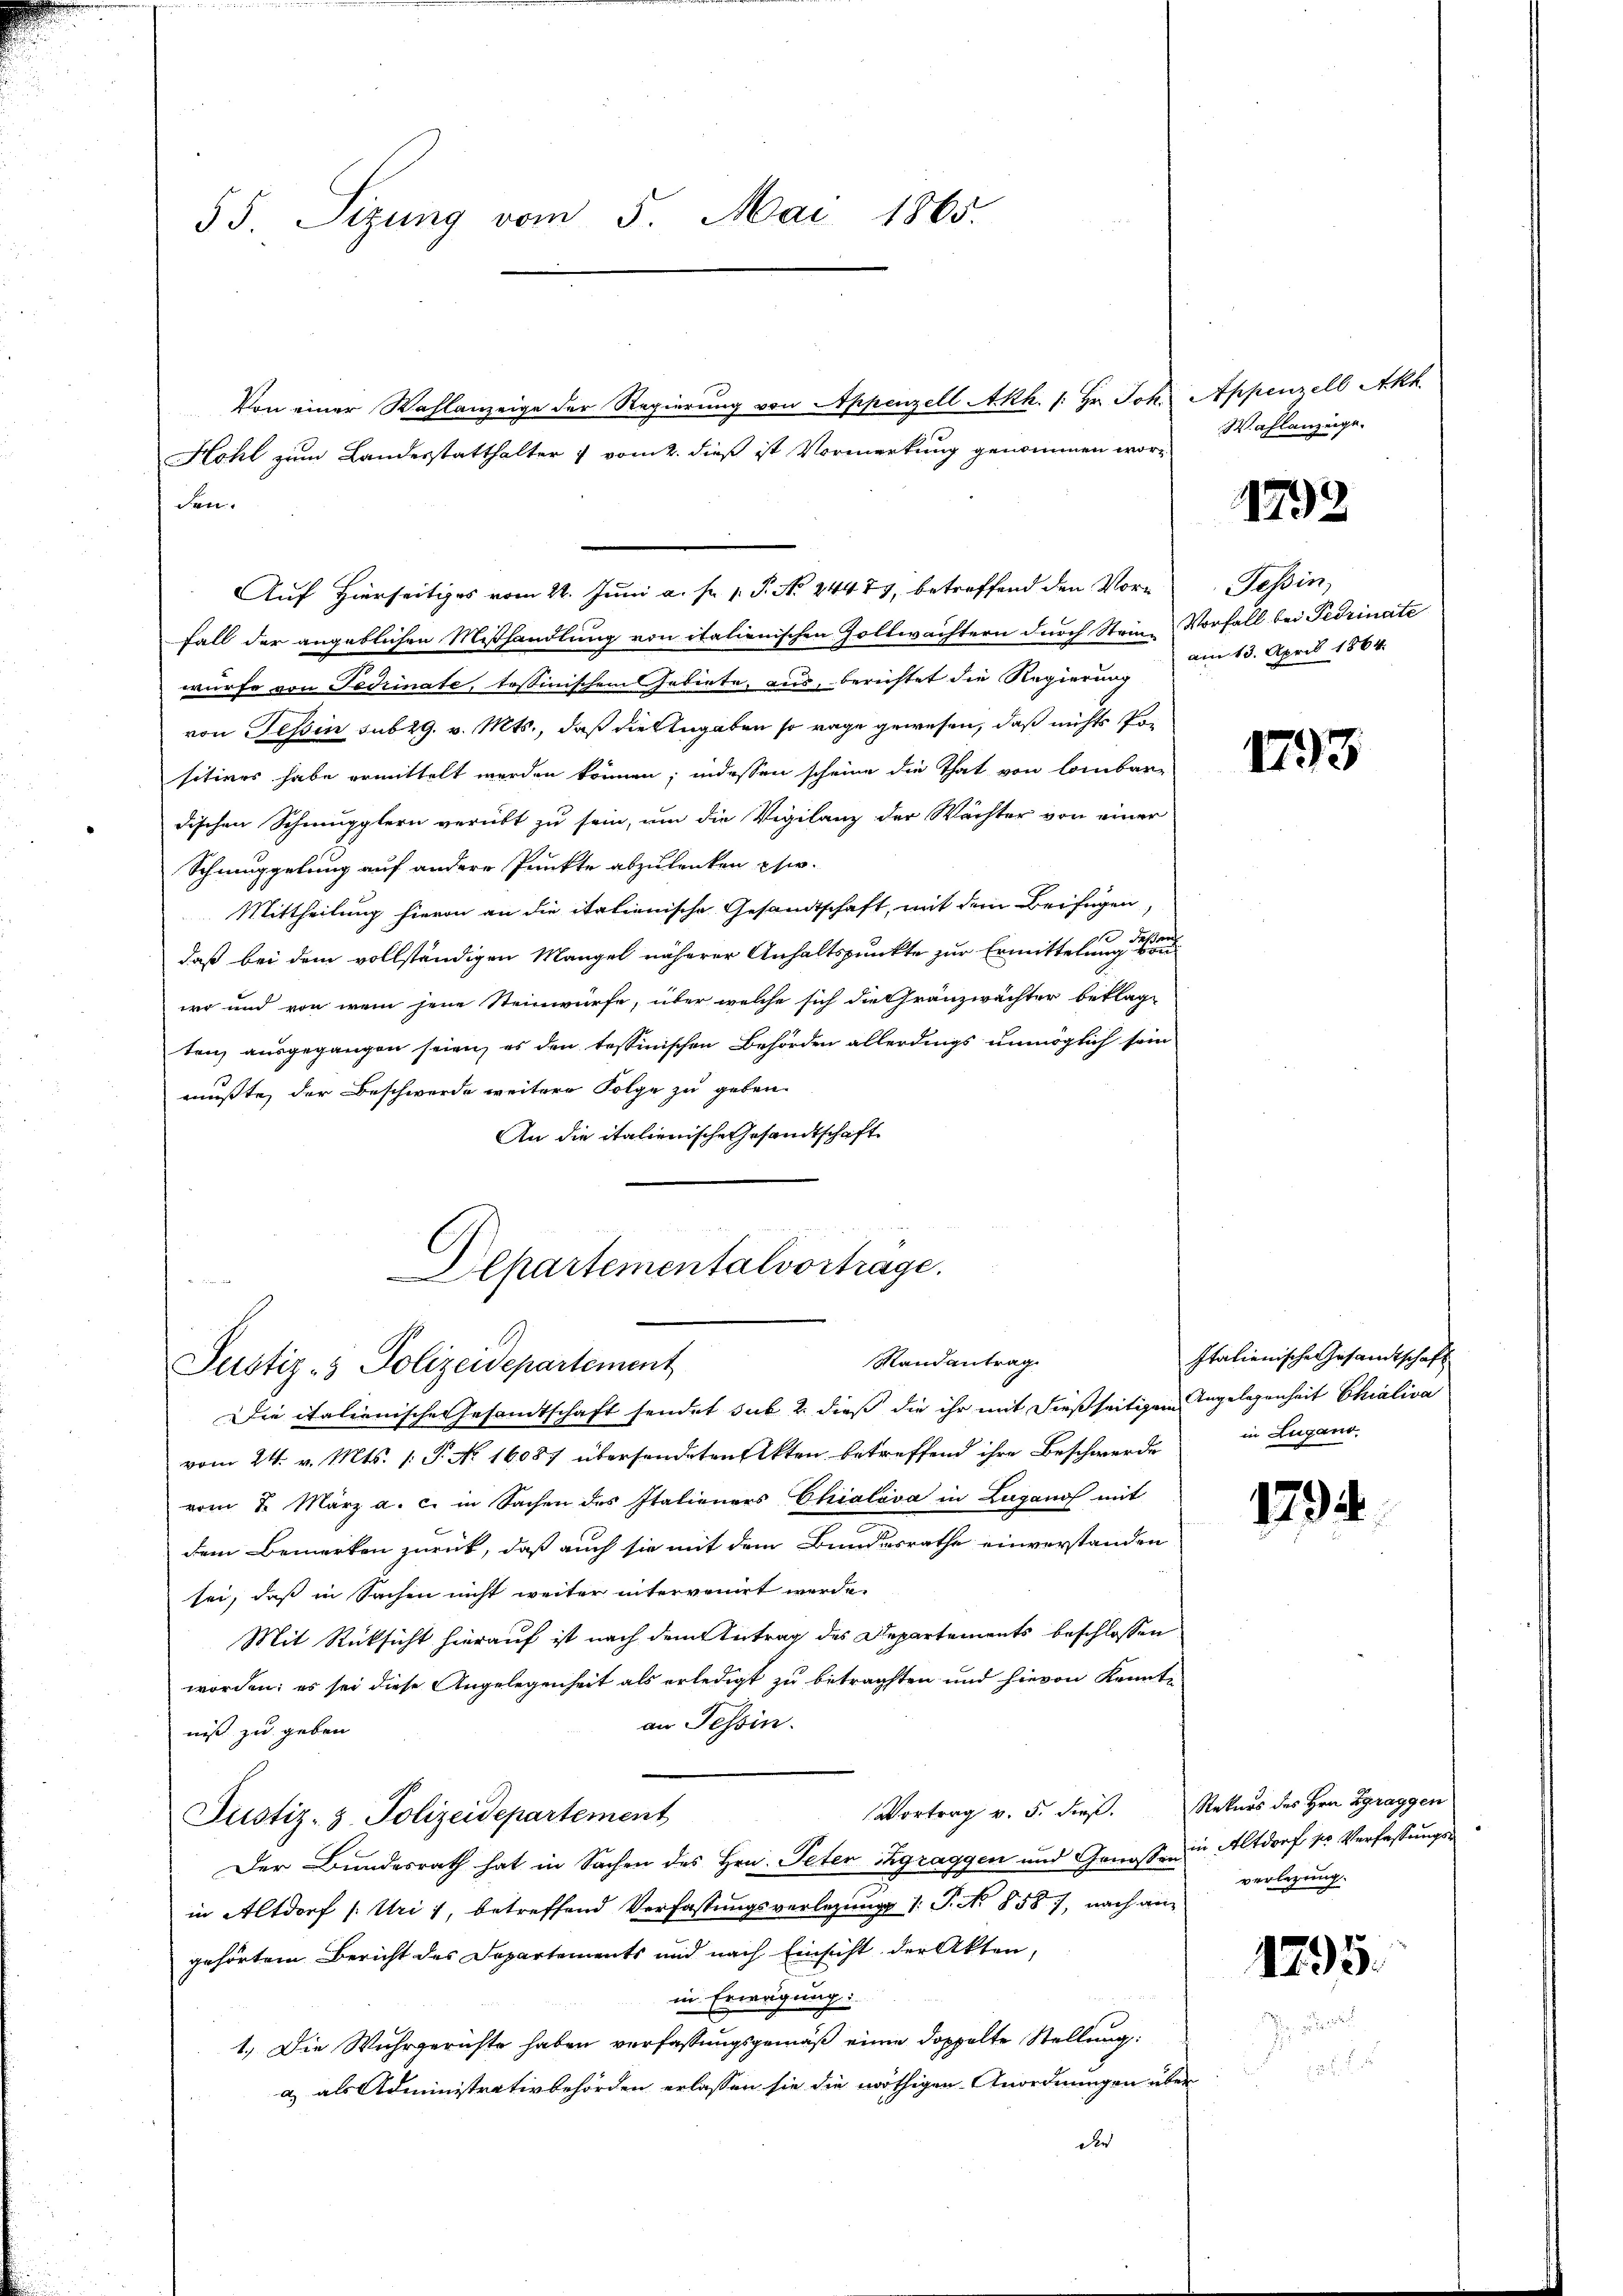
55. Sizung vom 5. Mai 1865.

Von einer Wahlanzeige der Regierung von Appenzell Akh. 1. Hr. Joh. Appenzell Akk
Auf Hierseitiges vom 24. Juni a. p. 1. P. No. 24473, betreffend den Vor¬
Fall der angeblichen Mißhandlung von italienischen Zollwächtern durch Stein-Vorfall bei Fedrinate
würfe von Fediinate, tessinischem Gebiete, aus, berichtet die Regierung
von Tessin sub 29. v. Mts., daß die Angaben so rage gewesen, daß nichts Positives habe ermittelt werden können; indessen scheine die That von lombar-
dischen Schmupplern verübt zu sein, um die Vigilanz der Wächter von einer
Schmuggelung auf andere Punkte abzulenken sie
Mittheilung hievon an die italienische Gesandtschaft, mit dem Beifügen,
daß bei dem vollständigen Mangel näherer Anhaltspunkte zur Ermittelung des er eine
wo und von wem jene Steinwürfe, über welche sich die Gränzwächter beklag-
ten, ausgegangen seien, es den tessinischen Behörden allerdings unmöglich sein
mußte, der Beschwerde weitere Folge zu geben.
An die italienische Gesandtschaft

den.

Hohl zum Landesstatthalter & vom 2. dieß ist Vormerkung genommen wor-

Departementalvortrage.
e elten
Mandantrag
Justiz- & Polizeidepartement

Die italienische Gesandtschaft sendet sub 2 dieß die ihr mit dießseitigen Angelegenheit Chialisa
vom 24. v. Mts. 1. P. Nr. 16087 übersendeten Akten betreffend ihre Beschwerde in Lugano
vom 7. März a. c. in Sachen des Italieners Chialova in Lugano mit
dem Bemerken zurück, daß auch sie mit dem Bundesrathe einverstanden
sei, daß in Sachen nicht weiter intervenirt werde.
Mit Rücksicht hierauf ist nach dem Antrag des Departements beschlossen
worden; es sei diese Angelegenheit als erledigt zu betrachten und hievon Kennte
an Tessin.
nis zu geben
Vortrag v. 5. dieß. Rekurs des Hrn. Zgraggen
Justiz- & Polizeidepartement
Der Bundesrath hat in Sachen des Hrn. Peten Zgraggen und Genossen in Altdorf pr. Verfassungsin Altdorf (: Uri, betreffend Verfassungsverlegung 1. P. Nr. 858, nach ain
gehörtem Bericht des Departements und nach Einsicht der Akten,
in Erwägung:
1.) Die Wuhrgerichte haben verfassungsgemäß einen doppelte Stellung:
a) als Administrativbehörden erlassen sie die nöthigen Anordnungen über
der

Wahlanzeige.

1792

Tessin,
am 13. April 1864.

1793

Italienische Gesamtschaft

1794.

verlegung.

1795.